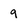
Character: 9